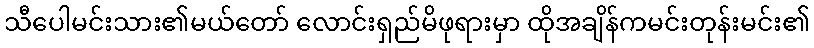
သီပေါမင်းသား၏မယ်တော် လောင်းရှည်မိဖုရားမှာ ထိုအချိန်ကမင်းတုန်းမင်း၏